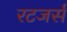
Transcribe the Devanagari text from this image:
रटजर्स